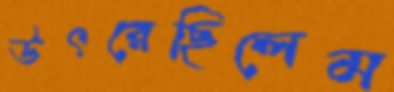
উৎরেছিলেম